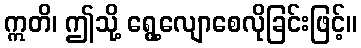
ဣတိ၊ ဤသို့ ရွေ့လျောစေလိုခြင်းဖြင့်။